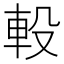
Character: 軗